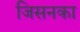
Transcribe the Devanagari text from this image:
जिसनका